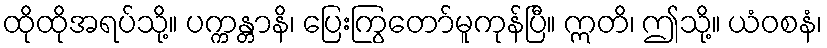
ထိုထိုအရပ်သို့။ ပက္ကန္တာနိ၊ ပြေးကြွတော်မူကုန်ပြီ။ ဣတိ၊ ဤသို့။ ယံဝစနံ၊